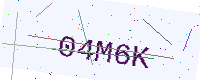
Text: 04M6K